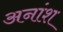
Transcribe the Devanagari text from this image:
अनांश